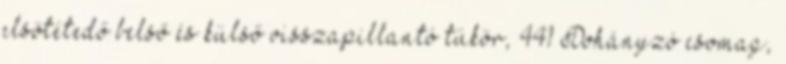
elsötétedő belső és külső visszapillantó tükör, 441 Dohányzó csomag,